Problem: 50 + 22 = ?
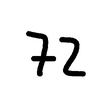
Handwritten answer: 72